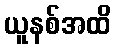
ယူနစ်အထိ